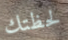
لحظتك